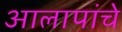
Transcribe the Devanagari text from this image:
आलापांचे